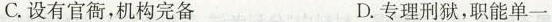
C.设有官衙，机构完备 D.专理刑狱，职能单一